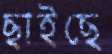
ছাইছে